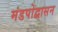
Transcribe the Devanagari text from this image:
मंडपोद्वासन